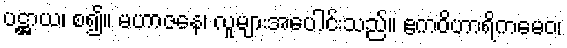
ပဋ္ဌာယ၊ စ၍။ မဟာဇနေ၊ လူများအပေါင်းသည်။ ဧကဝိဟာရိကမေဝ၊